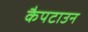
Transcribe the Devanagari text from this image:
कैपटाउन